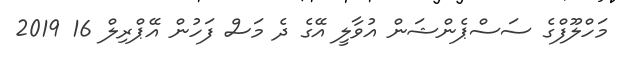
މަހްލޫފްގެ ސަސްޕެންޝަން އުވާލީ އޭގެ ދެ މަސް ފަހުން އޭޕްރިލް 16 2019